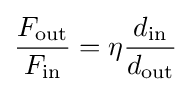
{\frac {F_{\text{out}}}{F_{\text{in}}}}=\eta {\frac {d_{\text{in}}}{d_{\text{out}}}}